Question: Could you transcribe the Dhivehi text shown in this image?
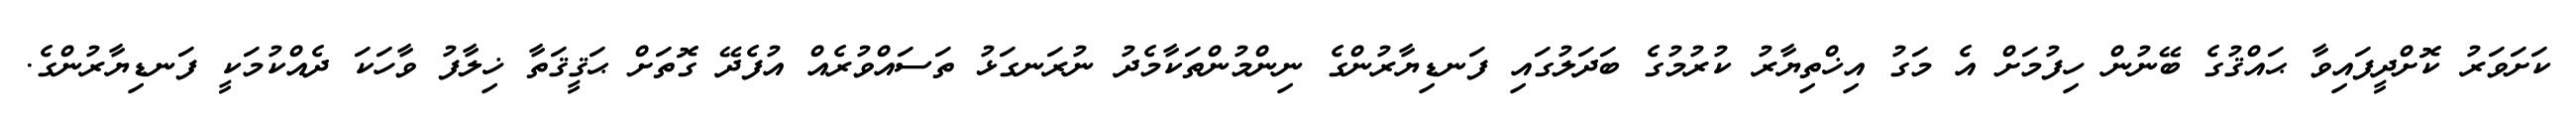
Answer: ކަށަވަރު ކޮށްދީފައިވާ ޙައްޤުގެ ބޭނުން ހިފުމަށް އެ މަގު އިޚްތިޔާރު ކުރުމުގެ ބަދަލުގައި ފަނޑިޔާރުންގެ ނިންމުންތަކާމެދު ނުރަނގަޅު ތަސައްވުރެއް އުފެދޭ ގޮތަށް ޙަޤީޤަތާ ޚިލާފު ވާހަކަ ދެއްކުމަކީ ފަނޑިޔާރުންގެ.